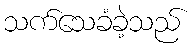
သက်သေခံခဲ့သည်